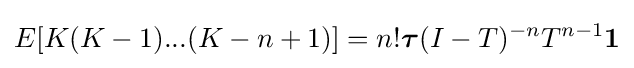
E[K(K-1)...(K-n+1)]=n!{\boldsymbol {\tau }}(I-{T})^{-n}{T}^{n-1}\mathbf {1}